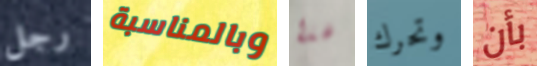
رجل وبالمناسبة لهذا وتحرك بأن